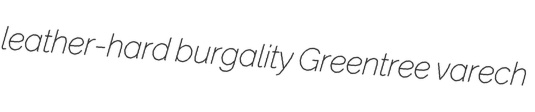
leather-hard burgality Greentree varech